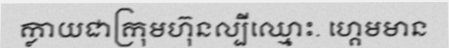
ក្លាយជាក្រុមហ៊ុនល្បីឈ្មោះ. ហ្គេមមាន